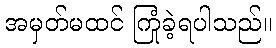
အမှတ်မထင် ကြုံခဲ့ရပါသည်။